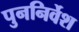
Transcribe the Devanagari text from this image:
पुननिर्वेश